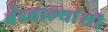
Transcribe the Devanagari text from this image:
बँडवाल्यांशी